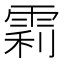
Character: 𬯼